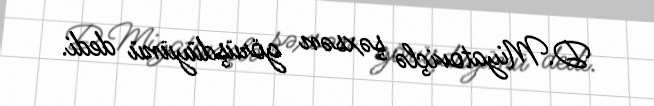
D.Miyatoviçlə şəxsən görüşdüyünü dedi.